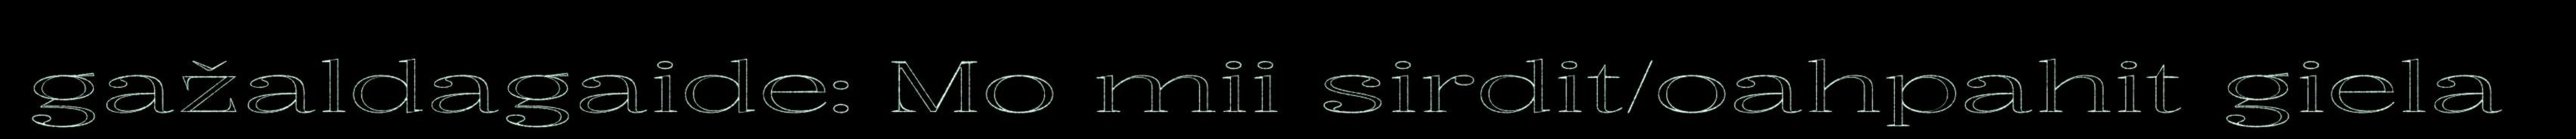
gažaldagaide: Mo mii sirdit/oahpahit giela